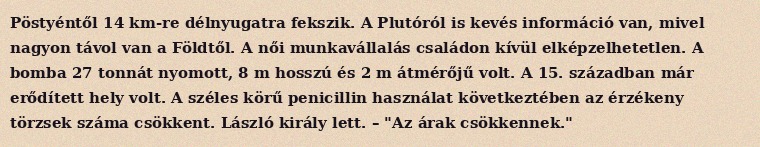
Pöstyéntől 14 km-re délnyugatra fekszik. A Plutóról is kevés információ van, mivel nagyon távol van a Földtől. A női munkavállalás családon kívül elképzelhetetlen. A bomba 27 tonnát nyomott, 8 m hosszú és 2 m átmérőjű volt. A 15. században már erődített hely volt. A széles körű penicillin használat következtében az érzékeny törzsek száma csökkent. László király lett. – "Az árak csökkennek."